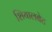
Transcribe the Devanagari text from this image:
शियालबेट